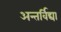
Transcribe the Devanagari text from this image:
अन्तर्विद्या